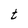
Character: t